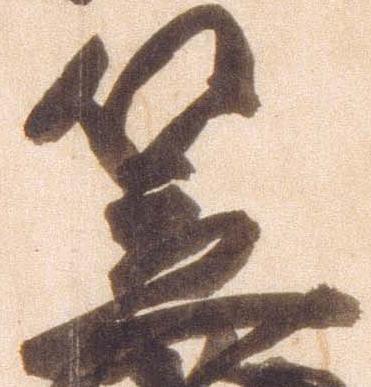
笠